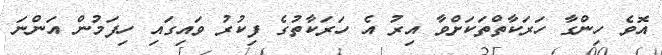
އޮވެ ހިންގާ ހަރަކާތްތަކަށްވާ އިރު އެ ހަރަކާތުގެ ފިކުރު ވައިގައި ހިފަމުން އަންނަ